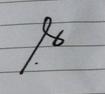
Signature authenticity: forged